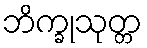
ဘိက္ခုသုတ္တ